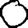
Digit: 0